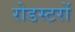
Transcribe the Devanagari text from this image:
रोडस्टरों